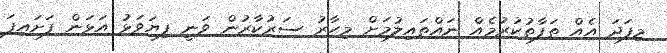
މިފަދަ އެއް ތަފާތުކުރުމެއް ނައްތައިލުމަށް މިހާރު ސަރުކާރުން ވަނީ ފިޔަވަޅު އަޅަން ފަށައިފަ